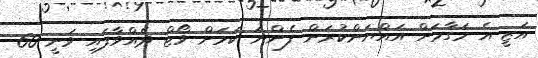
އަޒީ އެ މަގާމަށް އައްޔަންކުރަން ފެންނަ ކަމަށް ވޯޓް ދެއްވާފައި ވަނީ 60